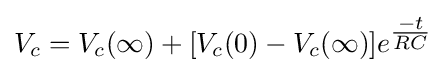
V_{c}=V_{c}(\infty )+[V_{c}(0)-V_{c}(\infty )]e^{\tfrac {-t}{RC}}